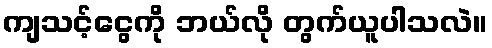
ကျသင့်ငွေကို ဘယ်လို တွက်ယူပါသလဲ။